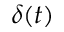
\delta ( t )